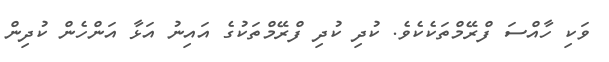
ވަކި ހާއްސަ ފްރޭމްތަކެކެވެ. ކުދި ކުދި ފްރޭމްތަކުގެ އައިނު އަޅާ އަންހެން ކުދިން